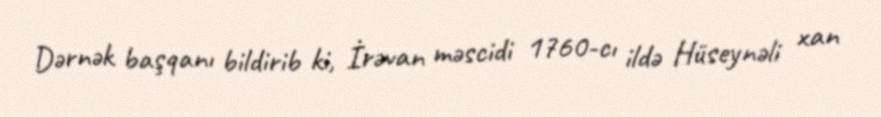
Dərnək başqanı bildirib ki, İrəvan məscidi 1760-cı ildə Hüseynəli xan